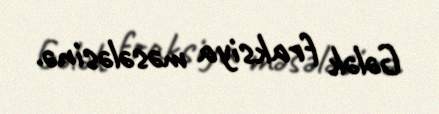
Gələk fraksiya məsələsinə.